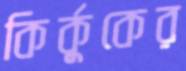
কির্কুকের